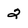
Character: 2